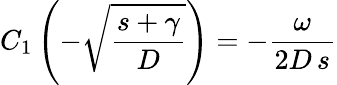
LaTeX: C_{1}\left(-\sqrt{\frac{s+\gamma}{D}}\right)=-\frac{\omega}{2D\, s}